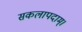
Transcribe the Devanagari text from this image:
सकलापदाम्‌।